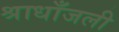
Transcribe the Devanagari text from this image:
श्राधाँजली